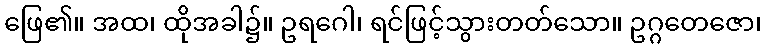
ဖြေ၏။ အထ၊ ထိုအခါ၌။ ဥရဂေါ၊ ရင်ဖြင့်သွားတတ်သော။ ဥဂ္ဂတေဇော၊